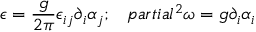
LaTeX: \epsilon = \frac { g } { 2 \pi } \epsilon _ { i j } \partial _ { i } \alpha _ { j } ; \ \ \, p a r t i a l ^ { 2 } \omega = g \partial _ { i } \alpha _ { i }